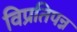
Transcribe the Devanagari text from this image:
विप्रतिपन्न